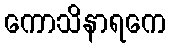
ကောသိနာရကေ